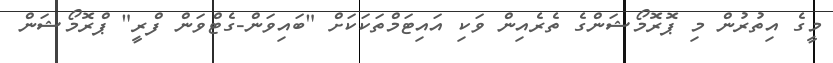
މީގެ އިތުރުން މި ޕޮރޮމޯޝަންގެ ތެރެއިން ވަކި އައިޓަމްތަކަކަށް "ބައިވަން-ގެޓްވަން ފްރީ" ޕްރޮމޯޝަން